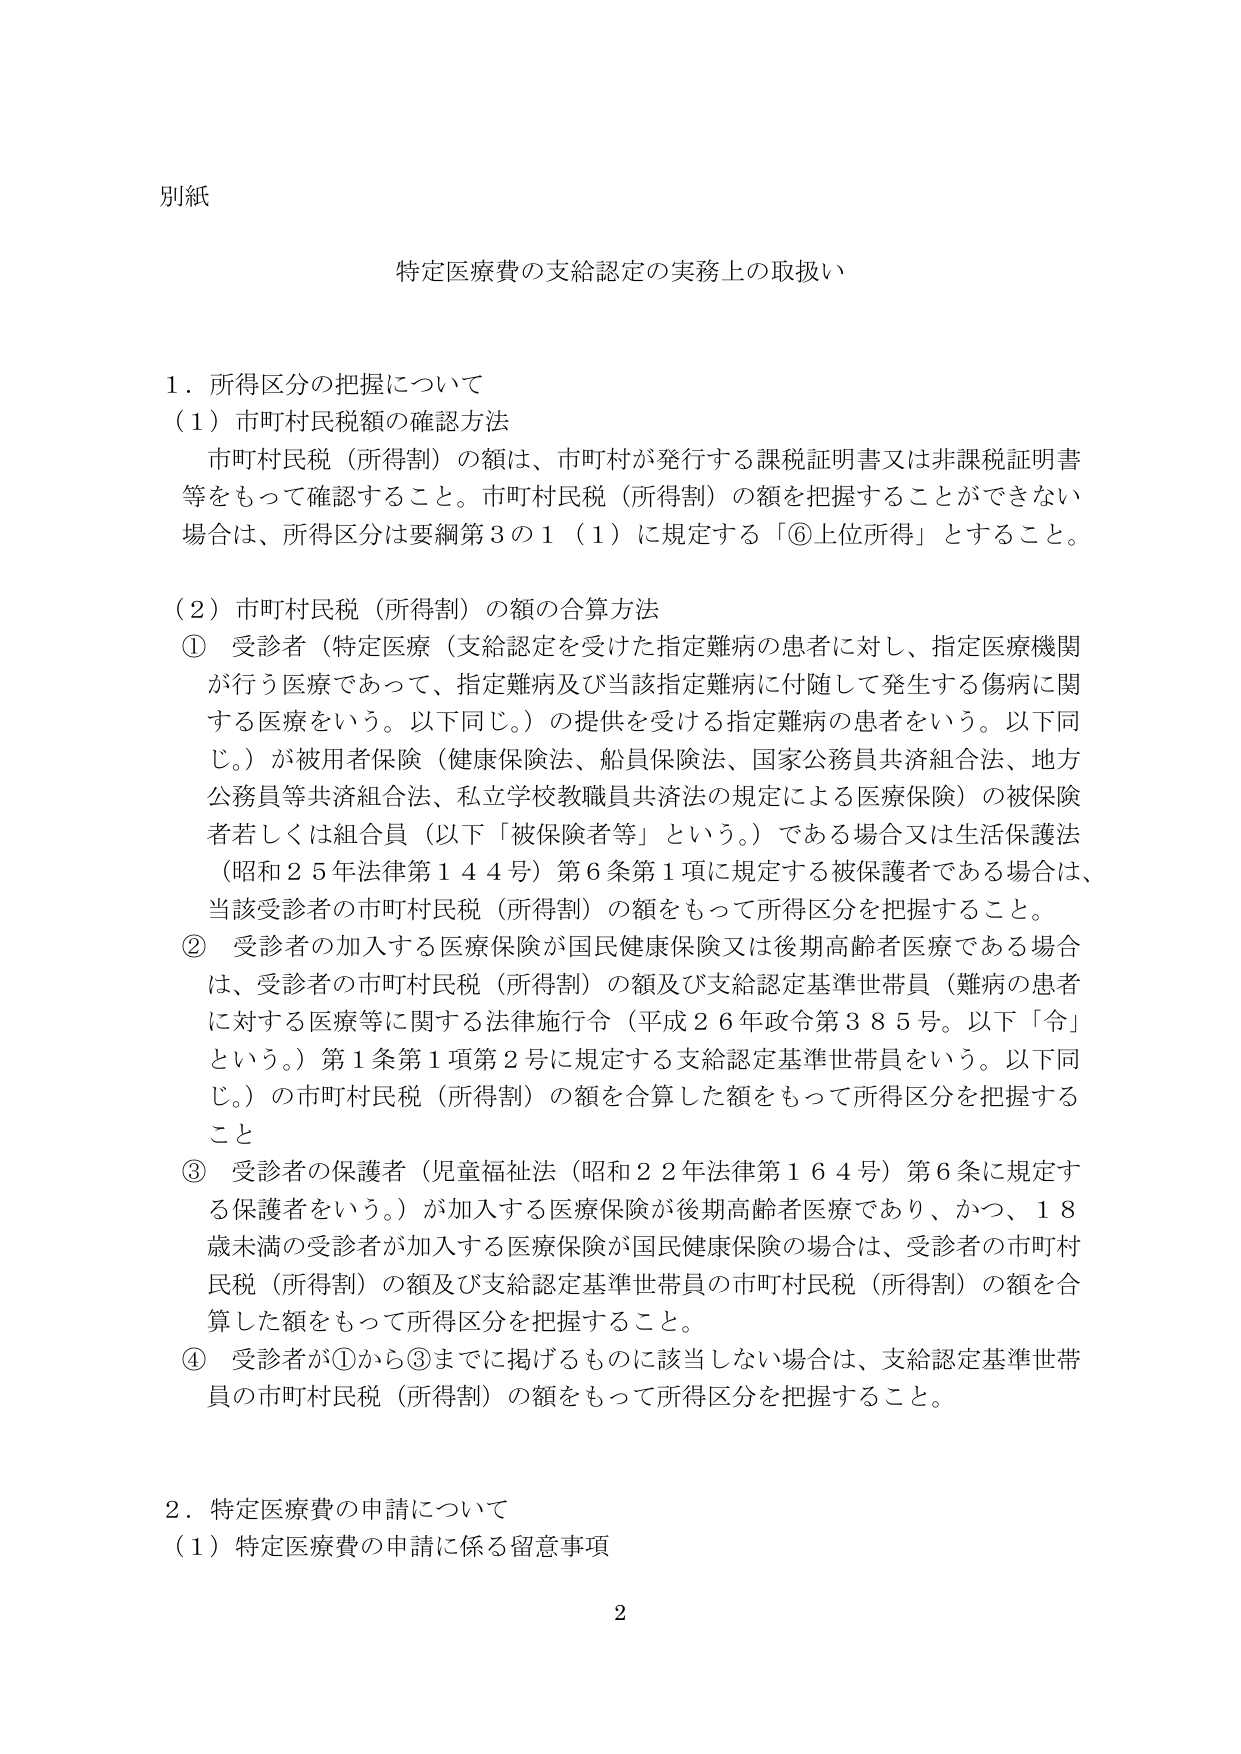
別紙

特定医療費の支給認定の実務上の取扱い

１．所得区分の把握について
（１）市町村民税額の確認方法
　市町村民税（所得割）の額は、市町村が発行する課税証明書又は非課税証明書等をもって確認すること。市町村民税（所得割）の額を把握することができない場合は、所得区分は要綱第３の１（１）に規定する「⑥上位所得」とすること。

（２）市町村民税（所得割）の額の合算方法
① 受診者（特定医療（支給認定を受けた指定難病の患者に対し、指定医療機関が行う医療であって、指定難病及び当該指定難病に付随して発生する傷病に関する医療をいう。以下同じ。）の提供を受ける指定難病の患者をいう。以下同じ。）が被用者保険（健康保険法、船員保険法、国家公務員共済組合法、地方公務員等共済組合法、私立学校教職員共済法の規定による医療保険）の被保険者若しくは組合員（以下「被保険者等」という。）である場合又は生活保護法（昭和２５年法律第１４４号）第６条第１項に規定する被保護者である場合は、当該受診者の市町村民税（所得割）の額をもって所得区分を把握すること。
② 受診者の加入する医療保険が国民健康保険又は後期高齢者医療である場合は、受診者の市町村民税（所得割）の額及び支給認定基準世帯員（難病の患者に対する医療等に関する法律施行令（平成２６年政令第３８５号。以下「令」という。）第１条第１項第２号に規定する支給認定基準世帯員をいう。以下同じ。）の市町村民税（所得割）の額を合算した額をもって所得区分を把握すること。
③ 受診者の保護者（児童福祉法（昭和２２年法律第１６４号）第６条に規定する保護者をいう。）が加入する医療保険が後期高齢者医療であり、かつ、１８歳未満の受診者が加入する医療保険が国民健康保険の場合は、受診者の市町村民税（所得割）の額及び支給認定基準世帯員の市町村民税（所得割）の額を合算した額をもって所得区分を把握すること。
④ 受診者が①から③までに掲げるものに該当しない場合は、支給認定基準世帯員の市町村民税（所得割）の額をもって所得区分を把握すること。

２．特定医療費の申請について
（１）特定医療費の申請に係る留意事項

2